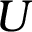
U